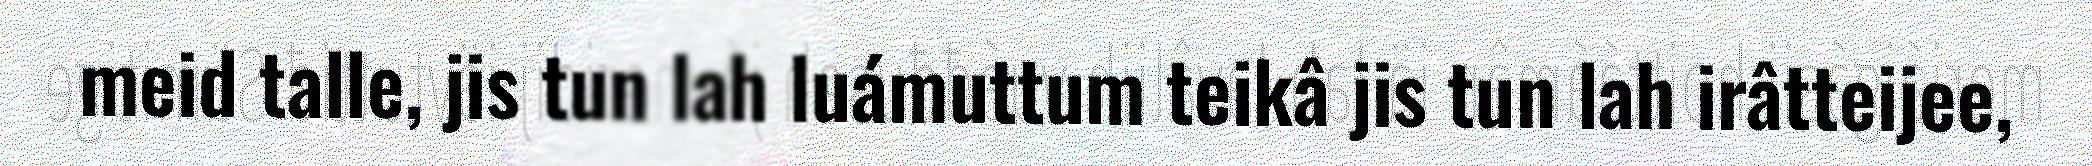
meid talle, jis tun lah luámuttum teikâ jis tun lah irâtteijee,